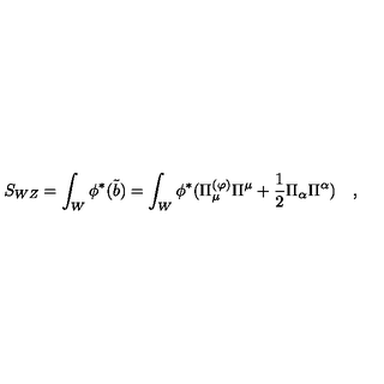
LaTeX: S _ { W Z } = \int _ { W } \phi ^ { * } ( \tilde { b } ) = \int _ { W } \phi ^ { * } ( \Pi _ { \mu } ^ { ( \varphi ) } \Pi ^ { \mu } + { \frac { 1 } { 2 } } \Pi _ { \alpha } \Pi ^ { \alpha } ) \quad ,